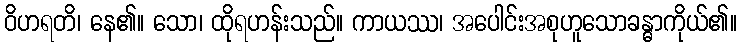
ဝိဟရတိ၊ နေ၏။ သော၊ ထိုရဟန်းသည်။ ကာယဿ၊ အပေါင်းအစုဟူသောခန္ဓာကိုယ်၏။